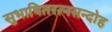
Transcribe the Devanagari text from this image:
सुभाषितरत्नसन्दोह